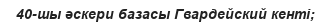
40-шы әскери базасы Гвардейский кенті;